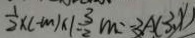
\frac { 1 } { 2 } \times ( - m ) \times 1 = \frac { 3 } { 2 } m = - 3 A ( 3 , x )